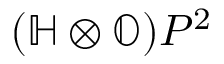
( \mathbb { H } \otimes \mathbb { O } ) P ^ { 2 }